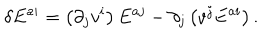
LaTeX: \delta E ^ { a i } = \left( \partial _ { j } v ^ { i } \right) E ^ { a j } - \partial _ { j } \left( v ^ { j } E ^ { a i } \right) .